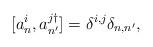
LaTeX: \begin{align*}[a^{i}_{n},a^{j\dagger}_{n'}]=\delta^{i,j}\delta_{n,n'},\end{align*}